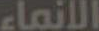
الإنماء